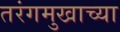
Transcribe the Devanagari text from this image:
तरंगमुखाच्या